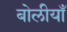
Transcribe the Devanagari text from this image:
बोलीयाँ